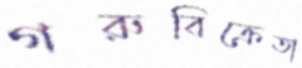
গরুবিক্রেতা